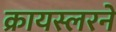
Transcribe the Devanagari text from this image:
क्रायस्लरने